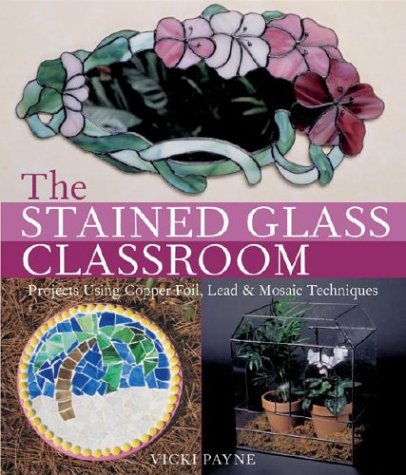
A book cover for The Stained Glass Classroom: Projects Using Copper Foil, Lead & Mosaic Techniques; Vicki Payne; Crafts, Hobbies & Home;